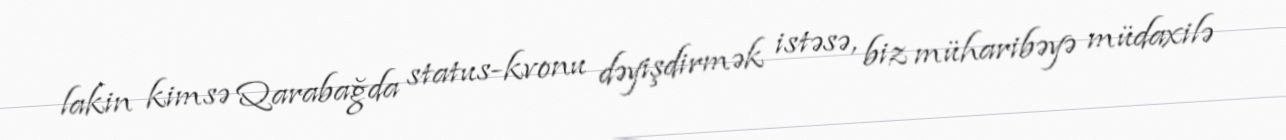
lakin kimsə Qarabağda status-kvonu dəyişdirmək istəsə, biz müharibəyə müdaxilə